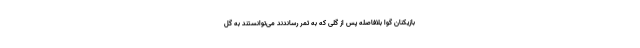
بازیکنان گوا بلافاصله پس از گلی که به ثمر رساندند می‌توانستند به گل